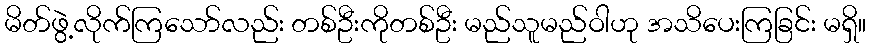
မိတ်ဖွဲ့လိုက်ကြသော်လည်း တစ်ဦးကိုတစ်ဦး မည်သူမည်ဝါဟု အသိပေးကြခြင်း မရှိ။